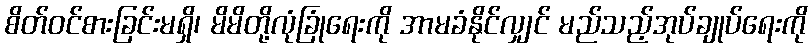
စိတ်ဝင်စားခြင်းမရှိ၊ မိမိတို့လုံခြုံရေးကို အာမခံနိုင်လျှင် မည်သည့်အုပ်ချုပ်ရေးကို